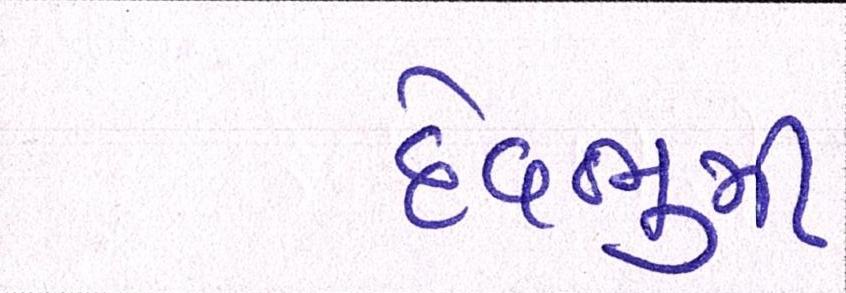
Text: દેવભુમી